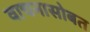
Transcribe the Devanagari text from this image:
वाचनासोबत